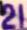
Sähkösanoma - Telegra